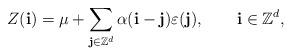
LaTeX: \begin{align*}Z(\mathbf{i}) = \mu+\sum_{\mathbf{j}\in\mathbb{Z}^d} \alpha (\mathbf{i}-\mathbf{j}) \varepsilon(\mathbf{j}), \qquad\mathbf{i}\in\mathbb{Z}^d,\end{align*}